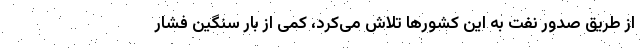
از طریق صدور نفت به این کشورها تلاش می‌کرد، کمی از بار سنگین فشار